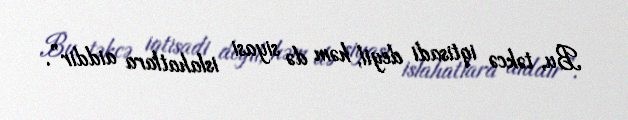
Bu, təkcə iqtisadi deyil, həm də siyasi islahatlara aiddir”.